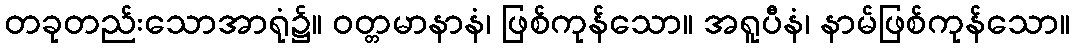
တခုတည်းသောအာရုံ၌။ ဝတ္တမာနာနံ၊ ဖြစ်ကုန်သော။ အရူပီနံ၊ နာမ်ဖြစ်ကုန်သော။